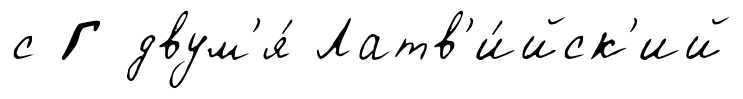
с Г двум'я́ Латв'и́йск'ий